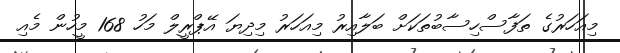
މިއަހަރުގެ ތަފާސްހިސާބުތަކަށް ބަލާއިރު މިއަހަރު މިދިޔަ އޭޕްރީލް މަހު 168 މީހުން މެއި